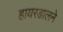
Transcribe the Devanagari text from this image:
हायरडालने